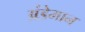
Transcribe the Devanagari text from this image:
अंडेमान